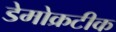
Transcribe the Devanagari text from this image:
डेमोक्रटीक